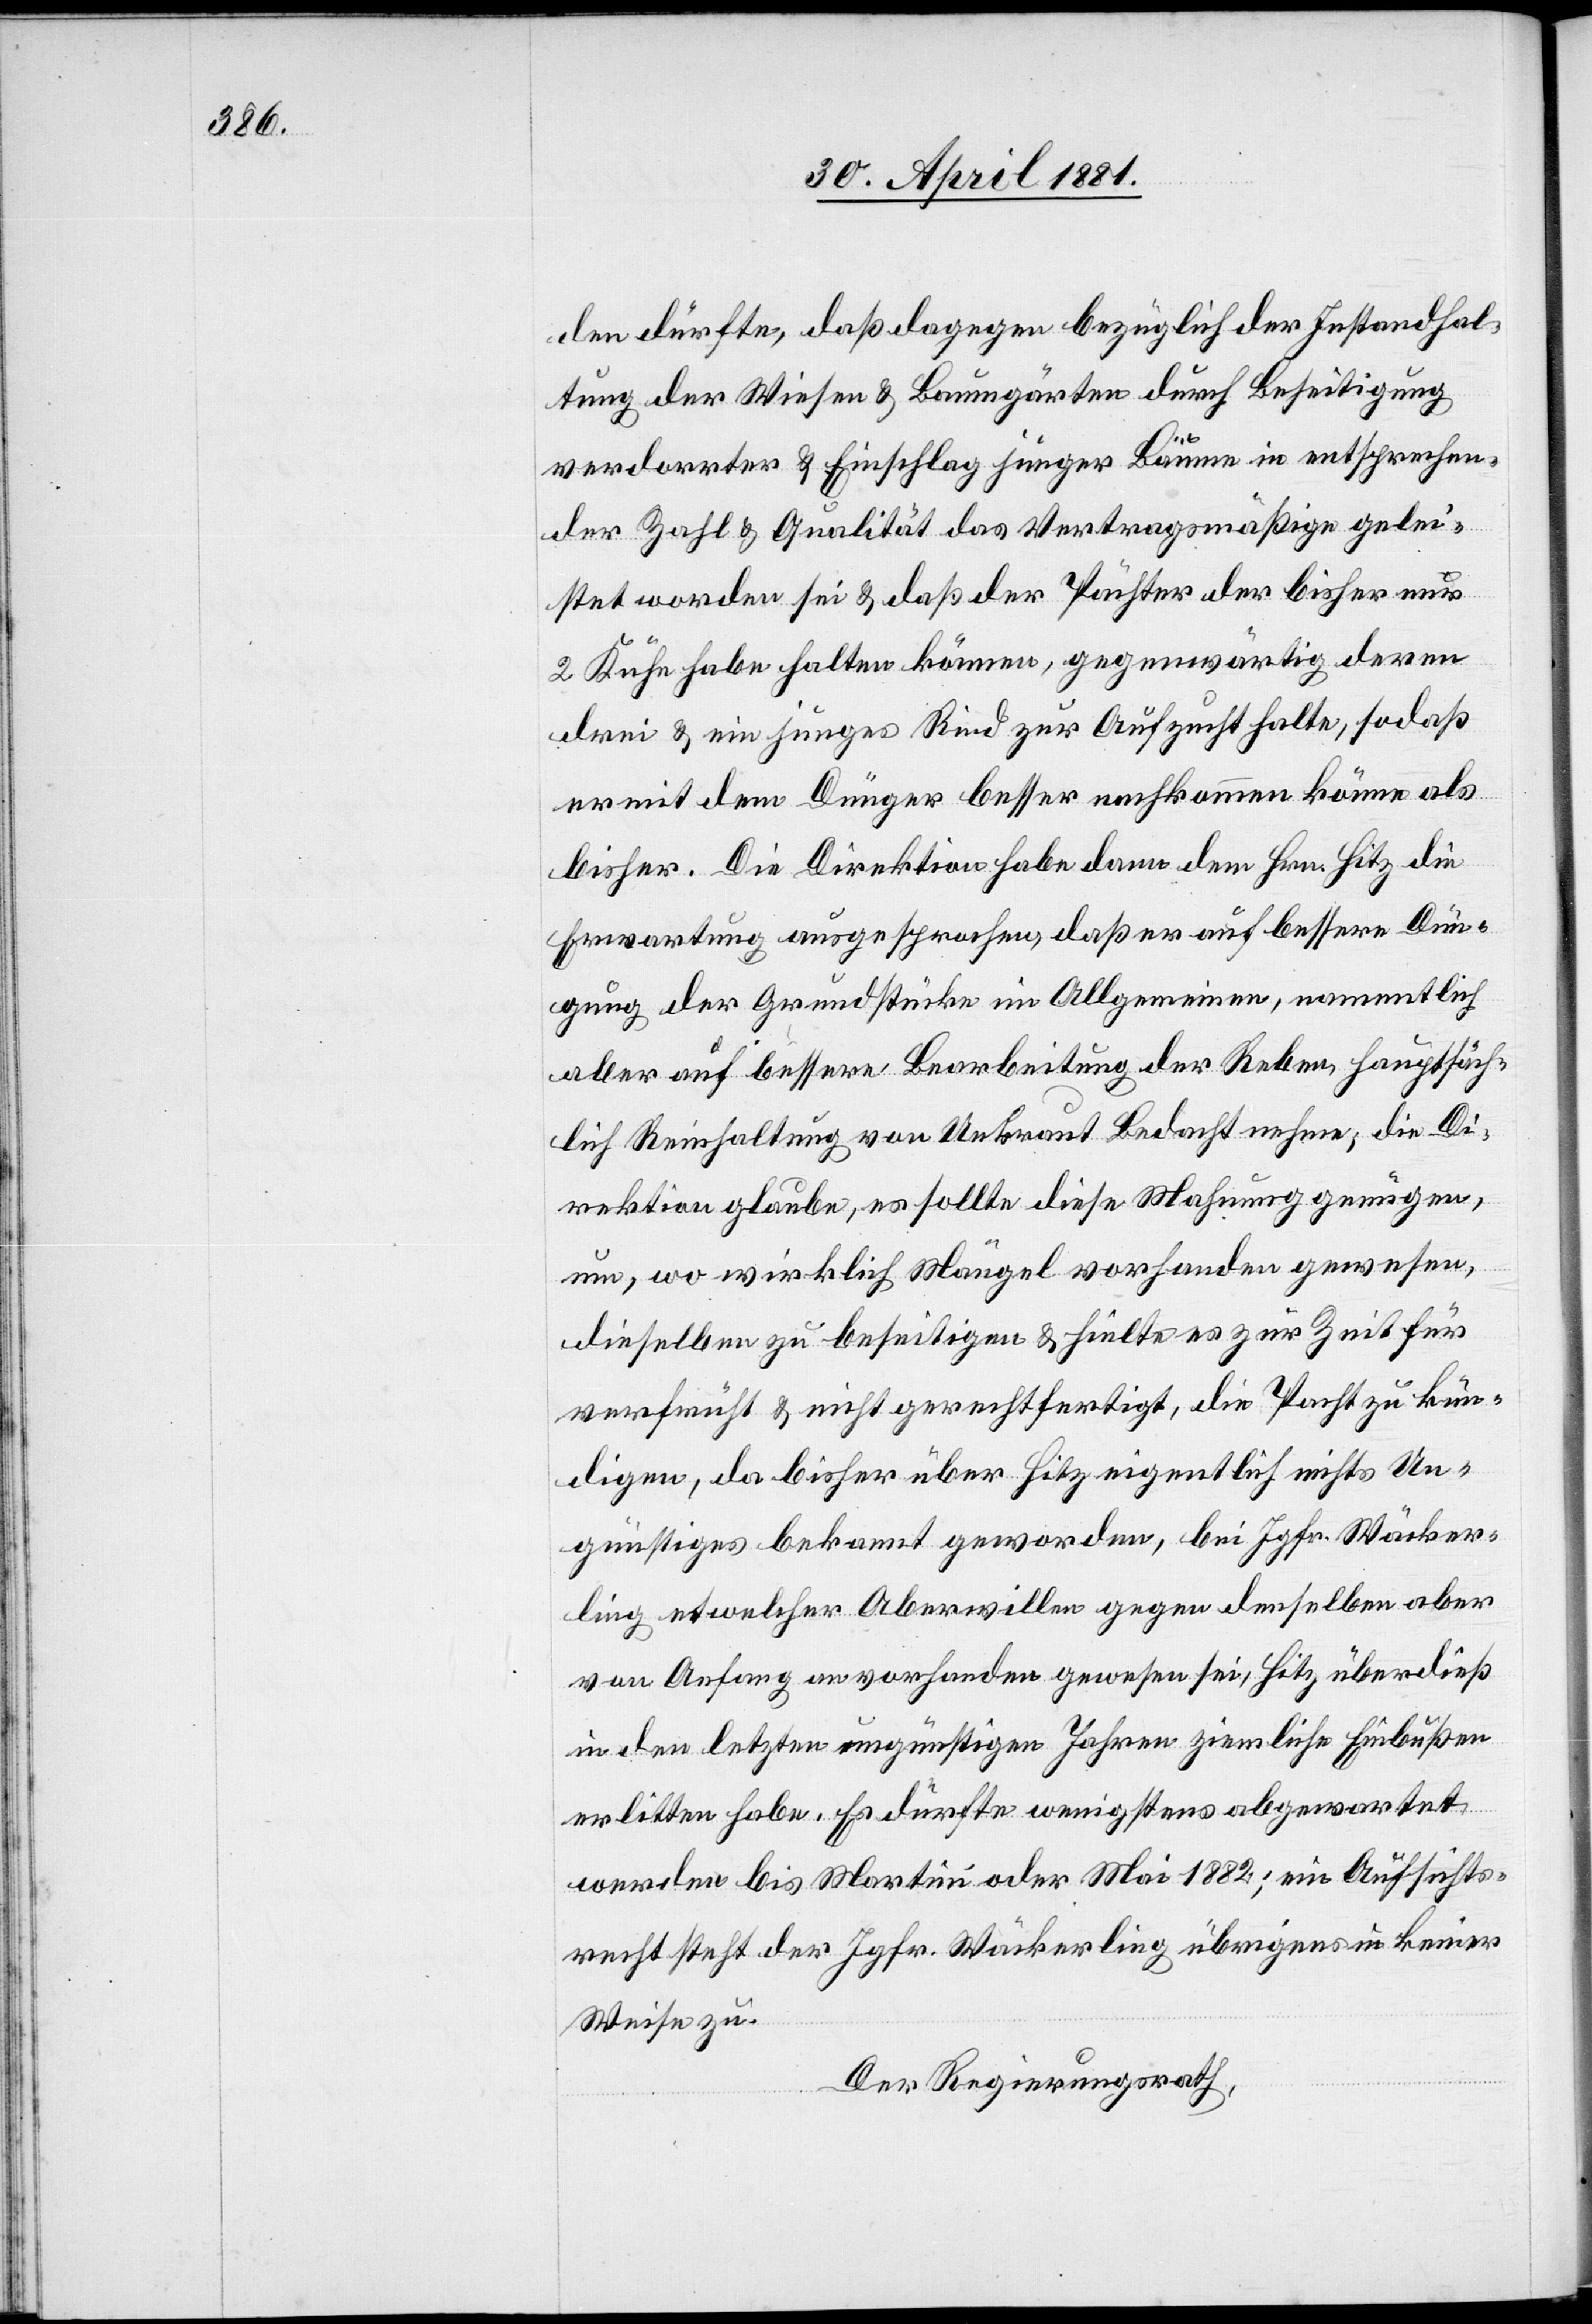
den dürfte, daß dagegen bezüglich der Instandhal¬
tung der Wiesen & Baumgärten durch Beseitigung
verdorrter & Einschlag junger Bäume in entsprechen¬
der Zahl & Qualität das Vertragsmäßige gelei¬
stet worden sei & daß der Pächter der bisher nur
2 Kühe habe halten können, gegenwärtig deren
drei & ein junges Rind zur Aufzucht halte, sodaß
er mit dem Dünger besser nachkommen könne als
bisher. Die Direktion habe dann dem Hrn. Hitz die
Erwartung ausgesprochen, daß er auf bessere Dün¬
gung der Grundstücke im Allgemeinen, namentlich
aber auf bessere Bearbeitung der Reben, hauptsäch¬
lich Reinhaltung von Unkraut Bedacht nehme; die Di¬
rektion glaube, es sollte diese Mahnung genügen
um, wo wirklich Mängel vorhanden gewesen,
dieselben zu beseitigen & hielte es zur Zeit für
verfrüht & nicht gerechtfertigt, die Pacht zu kün¬
digen, da bisher über Hitz eigentlich nichts Un¬
günstiges bekannt geworden, bei Jgfr. Wäcker¬
ling etwelcher Aberwillen gegen denselben aber
von Anfang an vorhanden gewesen sei, Hitz überdieß
in den letzten ungünstigen Jahren ziemliche Einbußen
erlitten habe. Es dürfte wenigstens abgewartet
werden bis Martini oder Mai 1882; ein Aufsichts¬
recht steht der Jgfr. Wäckerling übrigens in keiner
Weise zu.
Der Regierungsrath,